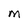
Character: M